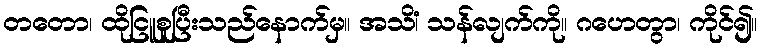
တတော၊ ထိုငြူစူပြီးသည်နောက်မှ။ အသိံ၊ သန်လျက်ကို။ ဂဟေတွာ၊ ကိုင်၍။